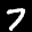
Label: 7